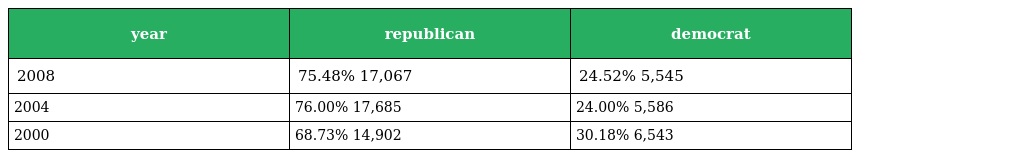
| year | republican | democrat |
 | --- | --- | --- |
 | 2008 | 75.48% 17,067 | 24.52% 5,545 |
 | 2004 | 76.00% 17,685 | 24.00% 5,586 |
 | 2000 | 68.73% 14,902 | 30.18% 6,543 |